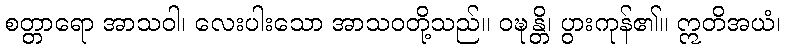
စတ္တာရော အာသဝါ၊ လေးပါးသော အာသဝတို့သည်။ ဝဍ္ဎန္တိ၊ ပွားကုန်၏။ ဣတိအယံ၊